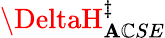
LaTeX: \DeltaH_{\mathbf{A}\mathbb{C}SE}^{\ddagger}